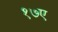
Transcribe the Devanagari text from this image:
१७ए